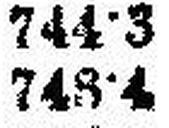
743·4